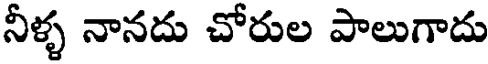
నీళ్ళ నానదు చోరుల పాలుగాదు